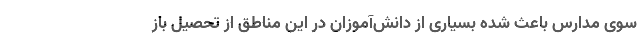
سوی مدارس باعث شده بسیاری از دانش‌آموزان در این مناطق از تحصیل باز